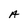
Character: A